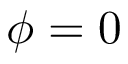
\phi = 0